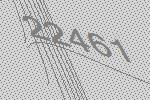
22461